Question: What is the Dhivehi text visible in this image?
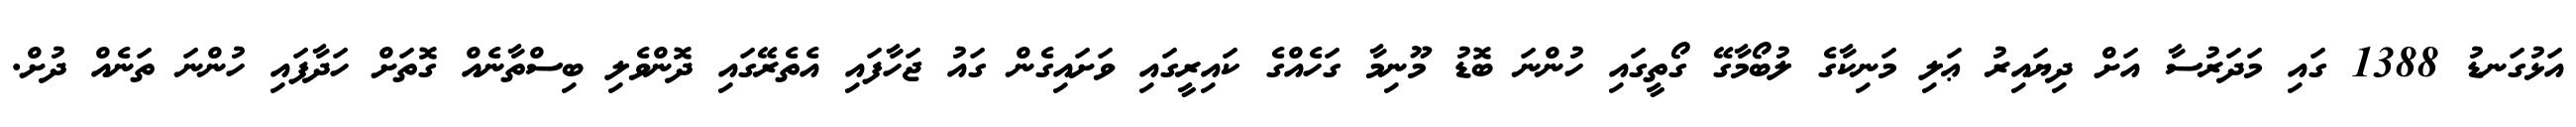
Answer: އަޅުގަނޑު 1388 ގައި މަދަރުސާ އަށް ދިޔައިރު ޢަލި މަނިކާގެ ލުބޯމާގޭ ގޯތީގައި ހުންނަ ބޮޑު މޫނިމާ ގަހެއްގެ ކައިރީގައި ވަށައިގެން ގައު ޖަހާފައި އެތެރޭގައި ދޮންވެލި ބިސްތާނެއް ގޮތަށް ހަދާފައި ހުންނަ ތަނެއް ދުށް.